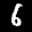
Label: 6